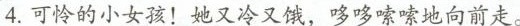
4.可怜的小女孩！她又冷又饿，哆哆嗦嗦地向前走。